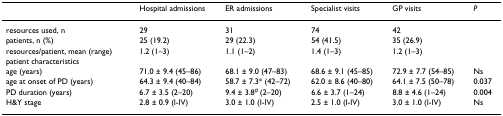
|  | Hospital admissions | ER admissions | Specialist visits | GP visits | P |
 | --- | --- | --- | --- | --- | --- |
 | resources used, n | 29 | 31 | 74 | 42 |  |
 | patients, n (%) | 25 (19.2) | 29 (22.3) | 54 (41.5) | 35 (26.9) |  |
 | resources/patient, mean (range) | 1.2 (1–3) | 1.1 (1–2) | 1.4 (1–3) | 1.2 (1–3) |  |
 | patient characteristics |  |  |  |  |  |
 | age (years) | 71.0 ± 9.4 (45–86) | 68.1 ± 9.0 (47–83) | 68.6 ± 9.1 (45–85) | 72.9 ± 7.7 (54–85) | Ns |
 | age at onset of PD (years) | 64.3 ± 9.4 (40–84) | 58.7 ± 7.3* (42–72) | 62.0 ± 8.6 (40–80) | 64.1 ± 7.5 (50–78) | 0.037 |
 | PD duration (years) | 6.7 ± 3.5 (2–20) | 9.4 ± 3.8# (2–20) | 6.6 ± 3.7 (1–24) | 8.8 ± 4.6 (1–24) | 0.004 |
 | H&Y stage | 2.8 ± 0.9 (I-IV) | 3.0 ± 1.0 (I-IV) | 2.5 ± 1.0 (I-IV) | 3.0 ± 1.0 (I-IV) | Ns |